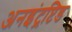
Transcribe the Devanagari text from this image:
अनइंट्रप्टि़ड